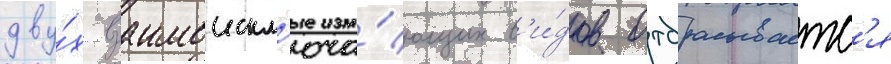
дву́х взаимоискл'юча́ющих в'и́дов отбрасываетс'я